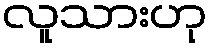
လူသားဟု